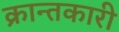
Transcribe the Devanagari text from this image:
क्रान्तकारी